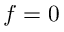
f = 0